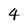
Character: 4